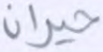
حيران